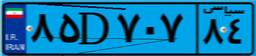
۸۵D۷۰۷۸۴